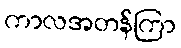
ကာလအတန်ကြာ